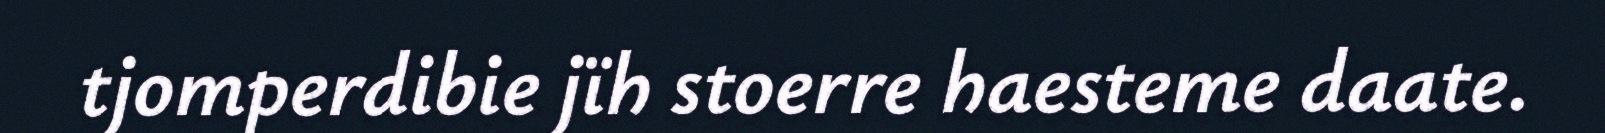
tjomperdibie jïh stoerre haesteme daate.